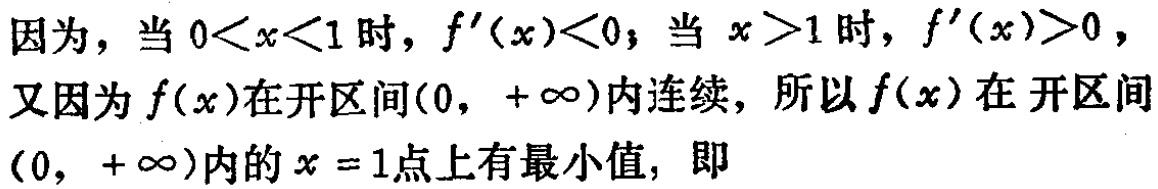
因为，当 \(0<x<1\) 时，\(f^{\prime}(x)<0\)；当 \(x > 1\) 时，\(f^{\prime}(x)>0\)，
又因为 \(f(x)\)在开区间\((0, +\infty)\)内连续，所以\(f(x)\)在 开区间\((0, +\infty)\)内的 \(x =1\)点上有最小值，即